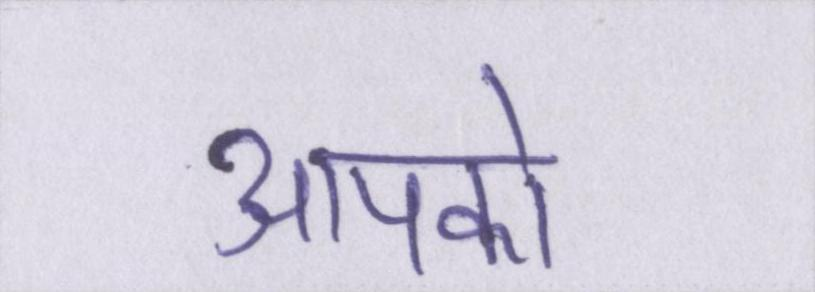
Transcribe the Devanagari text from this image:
आपको